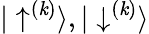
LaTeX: {|\uparrow^{(\mathit{k})}\rangle},{|\downarrow^{(\mathit{k})}\rangle}